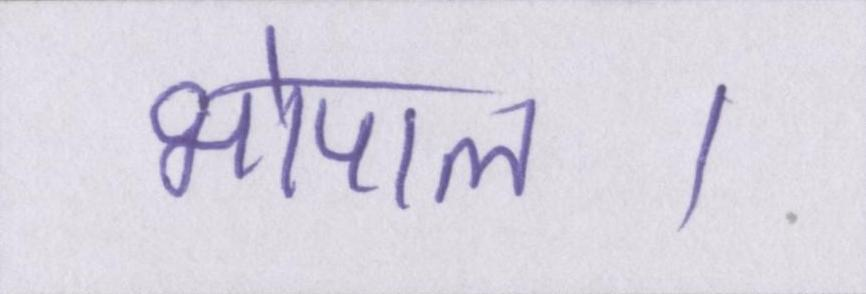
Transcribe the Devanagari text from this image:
भोपाल।